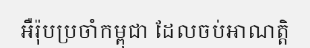
អឺរ៉ុបប្រចាំកម្ពុជា ដែលចប់អាណត្តិ